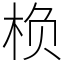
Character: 㭥